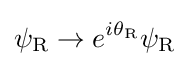
\psi _{\rm {R}}\rightarrow e^{i\theta _{\rm {R}}}\psi _{\rm {R}}